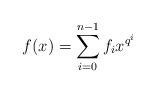
LaTeX: \begin{align*}f(x) = \sum_{i=0}^{n-1} f_i x^{q^i}\end{align*}